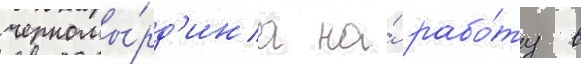
черномы́рд'ина на́ рабо́ту в